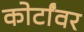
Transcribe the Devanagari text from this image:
कोर्टांवर